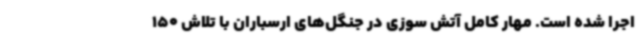
اجرا شده است. مهار کامل آتش سوزی در جنگل‌های ارسباران با تلاش 150